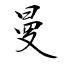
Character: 曼